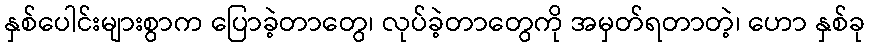
နှစ်ပေါင်းများစွာက ပြောခဲ့တာတွေ၊ လုပ်ခဲ့တာတွေကို အမှတ်ရတာတဲ့၊ ဟော နှစ်ခု